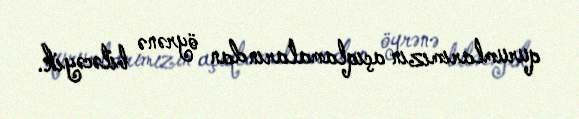
qurumlarımızın açıqlamalarından öyrənə biləcəyik.